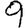
Digit: 9